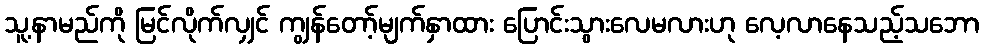
သူ့နာမည်ကို မြင်လိုက်လျှင် ကျွန်တော့်မျက်နှာထား ပြောင်းသွားလေမလားဟု လေ့လာနေသည့်သဘော